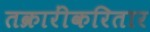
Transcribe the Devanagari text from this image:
तक्रारींकरितार